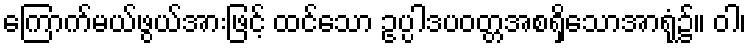
ကြောက်မယ်ဖွယ်အားဖြင့် ထင်သော ဥပ္ပါဒပဝတ္တအစရှိသောအာရုံ၌။ ဝါ၊